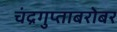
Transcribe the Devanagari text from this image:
चंद्रगुप्ताबरोबर